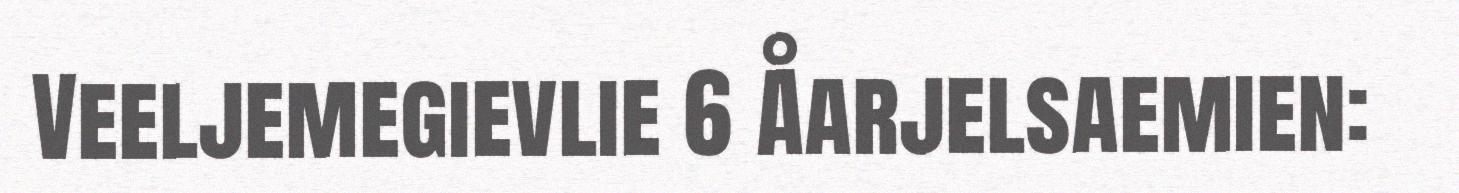
Veeljemegievlie 6 Åarjelsaemien: